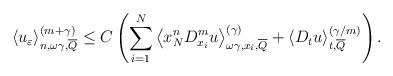
LaTeX: \begin{align*}\left\langle u_{\varepsilon}\right\rangle _{n,\omega\gamma,\overline{Q}}^{(m+\gamma)}\leq C\left( {\displaystyle\sum\limits_{i=1}^{N}}\left\langle x_{N}^{n}D_{x_{i}}^{m}u\right\rangle _{\omega\gamma,x_{i},\overline{Q}}^{(\gamma)}+\left\langle D_{t}u\right\rangle_{t,\overline{Q}}^{(\gamma/m)}\right) . \end{align*}